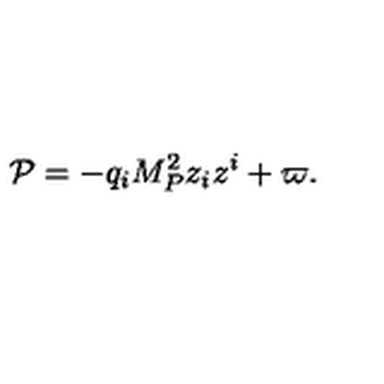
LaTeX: { \cal P } = - q _ { i } M _ { P } ^ { 2 } z _ { i } z ^ { i } + \varpi .